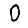
Digit: 0